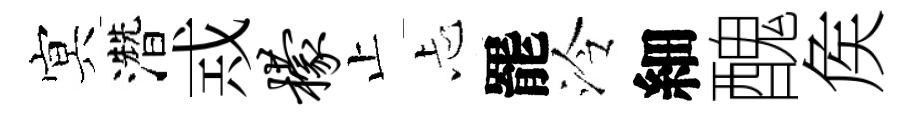
㝠濳𢦶檬止忐罷泠細醜矦